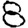
Digit: 8